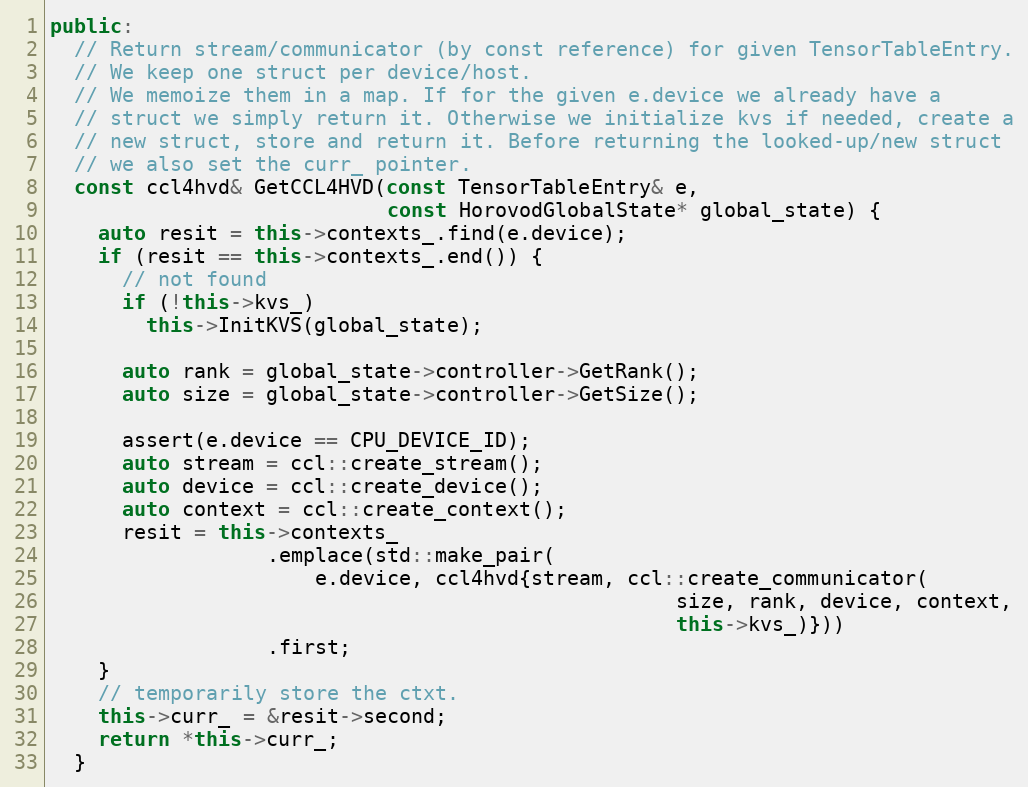
Language: C++
public:
  // Return stream/communicator (by const reference) for given TensorTableEntry.
  // We keep one struct per device/host.
  // We memoize them in a map. If for the given e.device we already have a
  // struct we simply return it. Otherwise we initialize kvs if needed, create a
  // new struct, store and return it. Before returning the looked-up/new struct
  // we also set the curr_ pointer.
  const ccl4hvd& GetCCL4HVD(const TensorTableEntry& e,
                            const HorovodGlobalState* global_state) {
    auto resit = this->contexts_.find(e.device);
    if (resit == this->contexts_.end()) {
      // not found
      if (!this->kvs_)
        this->InitKVS(global_state);

      auto rank = global_state->controller->GetRank();
      auto size = global_state->controller->GetSize();

      assert(e.device == CPU_DEVICE_ID);
      auto stream = ccl::create_stream();
      auto device = ccl::create_device();
      auto context = ccl::create_context();
      resit = this->contexts_
                  .emplace(std::make_pair(
                      e.device, ccl4hvd{stream, ccl::create_communicator(
                                                    size, rank, device, context,
                                                    this->kvs_)}))
                  .first;
    }
    // temporarily store the ctxt.
    this->curr_ = &resit->second;
    return *this->curr_;
  }